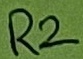
Text: R2